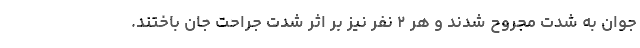
جوان به شدت مجروح شدند و هر ۲ نفر نیز بر اثر شدت جراحت جان باختند.